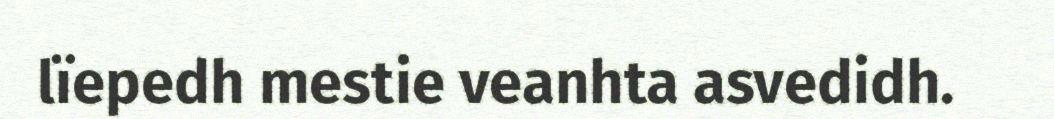
lïepedh mestie veanhta asvedidh.